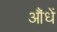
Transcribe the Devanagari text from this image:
औंधें